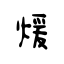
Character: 煖